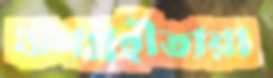
ঋণগ্রহীতারা